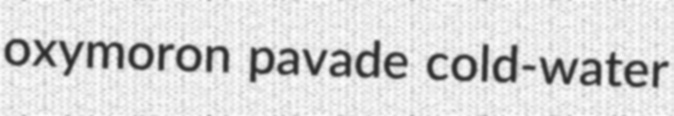
oxymoron pavade cold-water